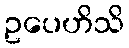
ဥပေဟိသိ